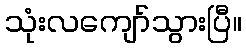
သုံးလကျော်သွားပြီ။